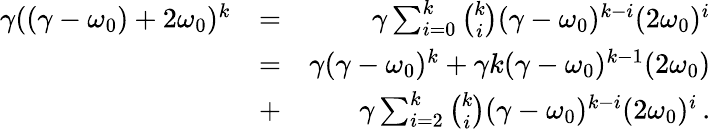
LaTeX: \begin{array}{rlr}{\gamma((\gamma-\omega_{0})+2\omega_{0})^{k}}&{=}&{\gamma\sum_{i=0}^{k}\binom{k}{i}(\gamma-\omega_{0})^{k-i}(2\omega_{0})^{i}}\\ &{=}&{\gamma(\gamma-\omega_{0})^{k}+\gamma k(\gamma-\omega_{0})^{k-1}(2\omega_{0})}\\ &{+}&{\gamma\sum_{i=2}^{k}\binom{k}{i}(\gamma-\omega_{0})^{k-i}(2\omega_{0})^{i}\, .}\end{array}